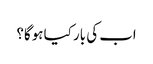
اب کی بار کیا ہوگا؟